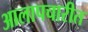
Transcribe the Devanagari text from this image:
आलापचारीत